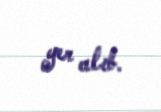
yer alıb.